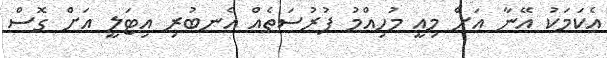
އެކަމަކު އޭނާ އަށް މިއީ މުހިއްމު ފުރުސަތެއް އެނބުރި އިޓަލީ އަށް ގޮސް